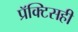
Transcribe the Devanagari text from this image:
प्रॅक्टिसही